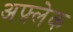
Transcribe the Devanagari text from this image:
अफ़्लेक